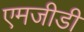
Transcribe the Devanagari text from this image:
एमजीडी